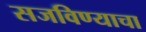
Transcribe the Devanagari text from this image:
सजविण्याचा